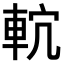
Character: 𨋠